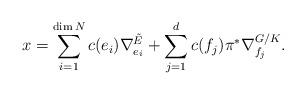
LaTeX: \begin{align*}x=\sum_{i=1}^{\dim N}c(e_i)\nabla^{\tilde E}_{e_i}+\sum_{j=1}^{d}c(f_j)\pi^*\nabla^{G/K}_{f_j}.\end{align*}